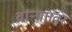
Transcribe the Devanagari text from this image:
वाऱ्याावर